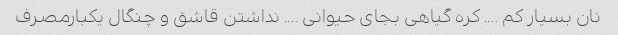
نان بسیار کم …. کره گیاهی بجای حیوانی …. نداشتن قاشق و چنگال یکبارمصرف